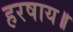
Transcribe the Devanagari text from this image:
हरषाय॥